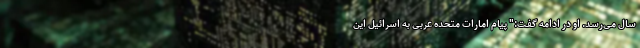
سال می‌رسد. او در ادامه گفت:" پیام امارات متحده عربی به اسرائیل این